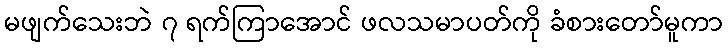
မဖျက်သေးဘဲ ၇ ရက်ကြာအောင် ဖလသမာပတ်ကို ခံစားတော်မူကာ